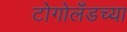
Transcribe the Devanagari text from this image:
टोगोलँडच्या